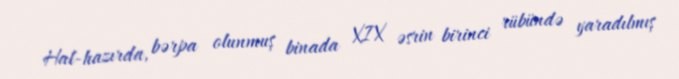
Hal-hazırda, bərpa olunmuş binada XIX əsrin birinci rübündə yaradılmış